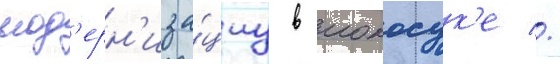
мод'ерн'иза́циу в иокосук'е //